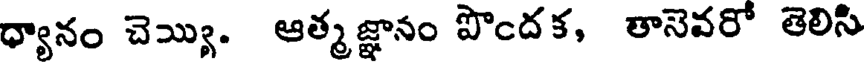
ధ్యానం చెయ్యి. ఆత్మజ్ఞానం పొందక, తానెవరో తెలిసి